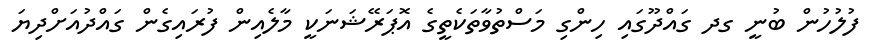
ފުލުހުން ބުނީ ގދ ގައްދޫގައި ހިންގި މަސްތުވާތަކެތީގެ އޮޕަރޭޝަނަކީ މާލެއިން ފުރައިގެން ގައްދުއަށްދިޔަ